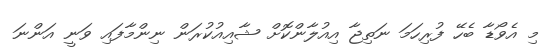
މި އެވޯޑާ ބެހޭ ފުރިހަމަ ނަތިޖާ އިއުލާންކޮށް ޝާއިއުކުރަން ނިންމާފައި ވަނީ އަންނަ